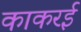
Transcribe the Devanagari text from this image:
काकरई